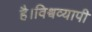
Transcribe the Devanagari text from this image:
है।विश्वव्यापी